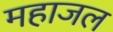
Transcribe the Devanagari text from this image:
महाजल